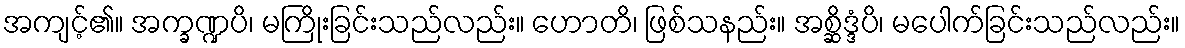
အကျင့်၏။ အက္ခဏ္ဍပိ၊ မကြိုးခြင်းသည်လည်း။ ဟောတိ၊ ဖြစ်သနည်း။ အစ္ဆိဒ္ဒံပိ၊ မပေါက်ခြင်းသည်လည်း။